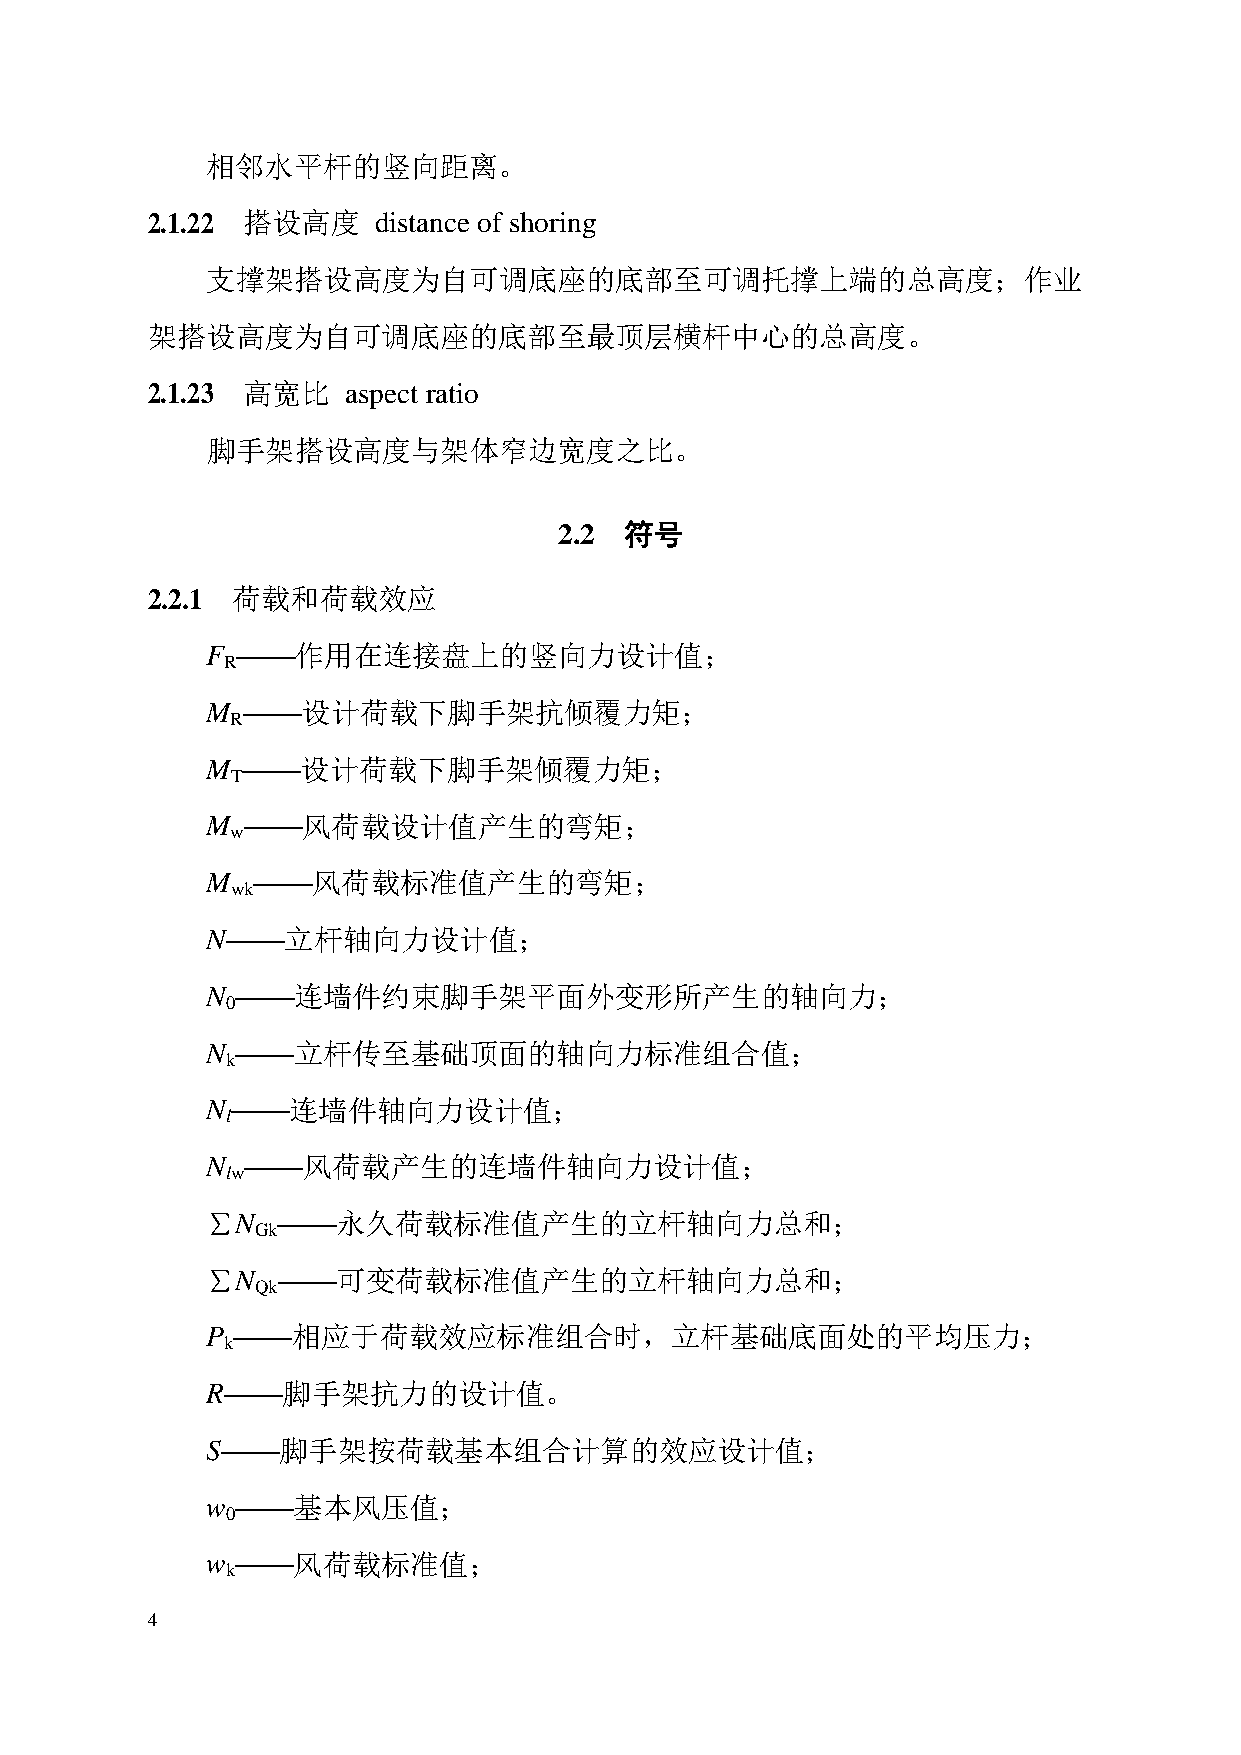
相邻水平杆的竖向距离。
 2.1.22 搭设高度    distance of shoring
 支撑架搭设高度为自可调底座的底部至可调托撑上端的总高度；作业
 架搭设高度为自可调底座的底部至最顶层横杆中心的总高度。
 2.1.23 高宽比   aspect ratio
 脚手架搭设高度与架体窄边宽度之比。
 2.2 符号
 2.2.1 荷载和荷载效应
 F ——作用在连接盘上的竖向力设计值；
 R
 M ——设计荷载下脚手架抗倾覆力矩；
 R
 M ——设计荷载下脚手架倾覆力矩；
 T
 M ——风荷载设计值产生的弯矩；
 w
 M  ——风荷载标准值产生的弯矩；
 wk
 N——立杆轴向力设计值；
 N ——连墙件约束脚手架平面外变形所产生的轴向力；
 0
 N ——立杆传至基础顶面的轴向力标准组合值；
 k
 N——连墙件轴向力设计值；
 l
 N ——风荷载产生的连墙件轴向力设计值；
 lw
 ∑N  ——永久荷载标准值产生的立杆轴向力总和；
 Gk
 ∑N  ——可变荷载标准值产生的立杆轴向力总和；
 Qk
 P ——相应于荷载效应标准组合时，立杆基础底面处的平均压力；
 k
 R——脚手架抗力的设计值。
 S——脚手架按荷载基本组合计算的效应设计值；
 w ——基本风压值；
 0
 w ——风荷载标准值；
 k
 4